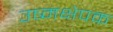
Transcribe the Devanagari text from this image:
उष्मक्षेपक